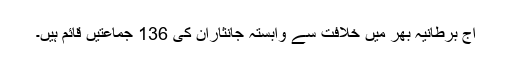
آج برطانیہ بھر میں خلافت سے وابستہ جانثاران کی 136 جماعتیں قائم ہیں۔